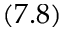
( 7 . 8 )